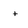
Character: t